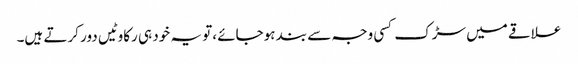
علاقے میں سڑک کسی وجہ سے بند ہوجائے ،تو یہ خود ہی رکاوٹیں دور کرتے ہیں۔